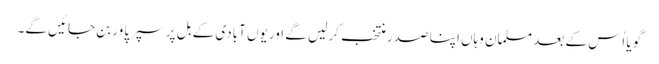
گویا اُس کے بعد مسلمان وہاں اپنا صدر منتخب کر لیں گے اور یوں آبادی کے بل پر سپر پاور بن جائیں گے۔